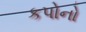
કપોનો